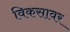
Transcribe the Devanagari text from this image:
विकसावर